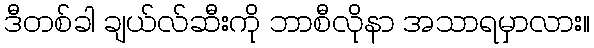
ဒီတစ်ခါ ချယ်လ်ဆီးကို ဘာစီလိုနာ အသာရမှာလား။